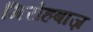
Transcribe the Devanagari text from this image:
गिरोहबाज़